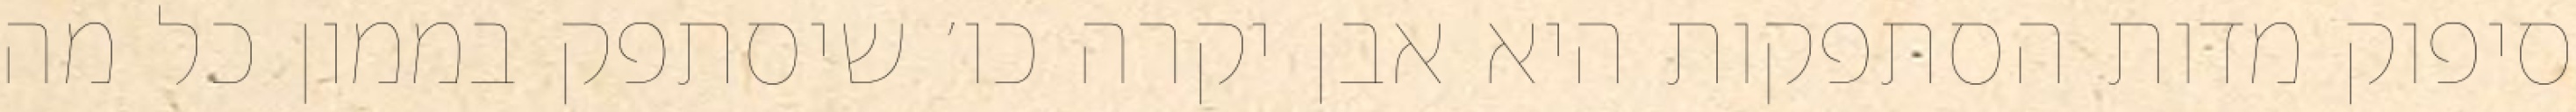
סיפוק מדות הסתפקות היא אבן יקרה כו׳ שיסתפק בממון כל מה